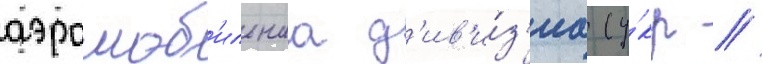
аэромоб'ильнаа д'ив'и́з'иа (у́кр //